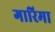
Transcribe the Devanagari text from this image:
गारिमा